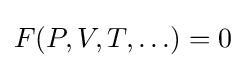
F(P,V,T,\ldots )=0